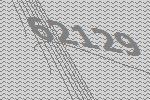
62129